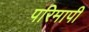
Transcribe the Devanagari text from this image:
परिमापी